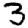
Digit: 3